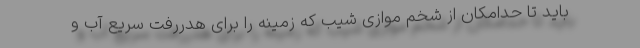
باید تا حدامکان از شخم موازی شیب که زمینه را برای هدررفت سریع آب و